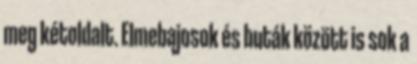
meg kétoldalt. Elmebajosok és buták között is sok a